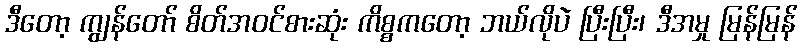
ဒီတော့ ကျွန်တော် စိတ်အဝင်စားဆုံး ကိစ္စကတော့ ဘယ်လိုပဲ ပြီးပြီး၊ ဒီအမှု မြန်မြန်